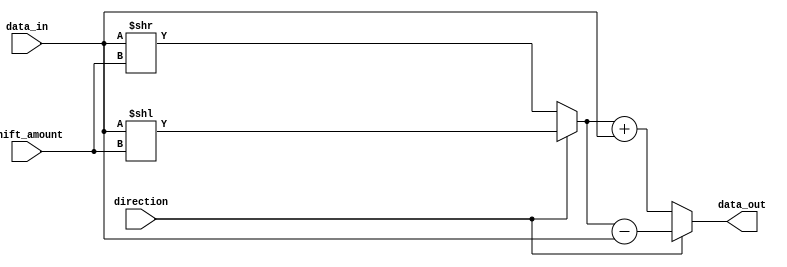
module rotating_barrel_shifter (
    input wire [7:0] data_in,
    input wire [2:0] shift_amount,
    input wire direction, // 0 for right shift, 1 for left shift
    output reg [7:0] data_out
);

reg [7:0] shifted_data;

always @* begin
    if (direction == 0) begin
        shifted_data = data_in >> shift_amount;
    end else begin
        shifted_data = data_in << shift_amount;
    end
    
    if (direction == 0) begin
        data_out = shifted_data + data_in;
    end else begin
        data_out = shifted_data - data_in;
    end
end

endmodule